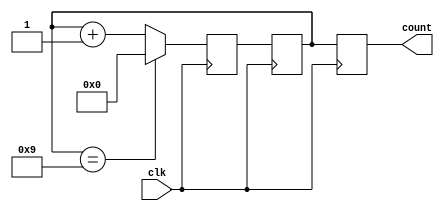
module decade_counter(
    input wire clk,
    output reg [3:0] count
);

reg [3:0] next_state, current_state;

always @(posedge clk) begin
    if (current_state == 4'b1001) begin
        next_state <= 4'b0000;
    end
    else begin
        next_state <= current_state + 1;
    end
end

always @(posedge clk) begin
    current_state <= next_state;
    count <= current_state;
end

endmodule